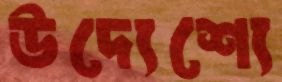
উদ্যেশ্যে